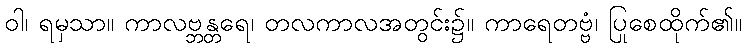
ဝါ၊ ရမှသာ။ ကာလဗ္ဘန္တရေ၊ တလကာလအတွင်း၌။ ကာရေတဗ္ဗံ၊ ပြုစေထိုက်၏။